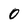
Character: 0